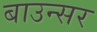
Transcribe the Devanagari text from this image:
बाउन्सर